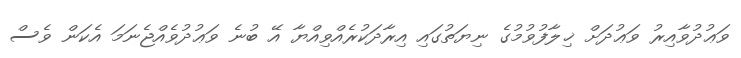
ވަޢުދުވާއިރު ވަޢުދަށް ޚިލާފުވުމުގެ ނިޔަތުގައި އިރާދަކުރެއްވިއްޔާ އޭ ބުނެ ވަޢުދުވެއްޖެނަމަ އެކަން ވެސް